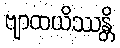
ဗျာထယိဿန္တိ